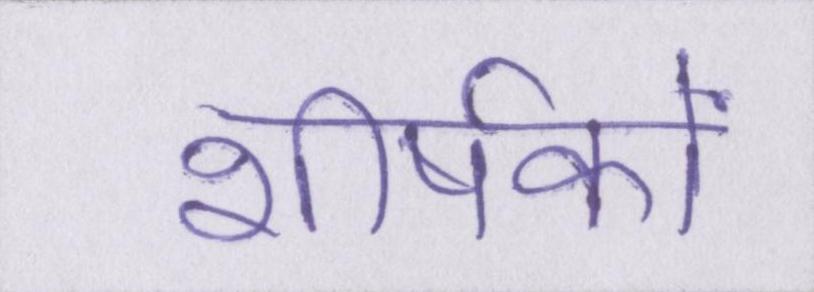
शीर्षकों